65_HS1-834228961_62-HQ-83894_Section_1
Agency: FBI
Page 122
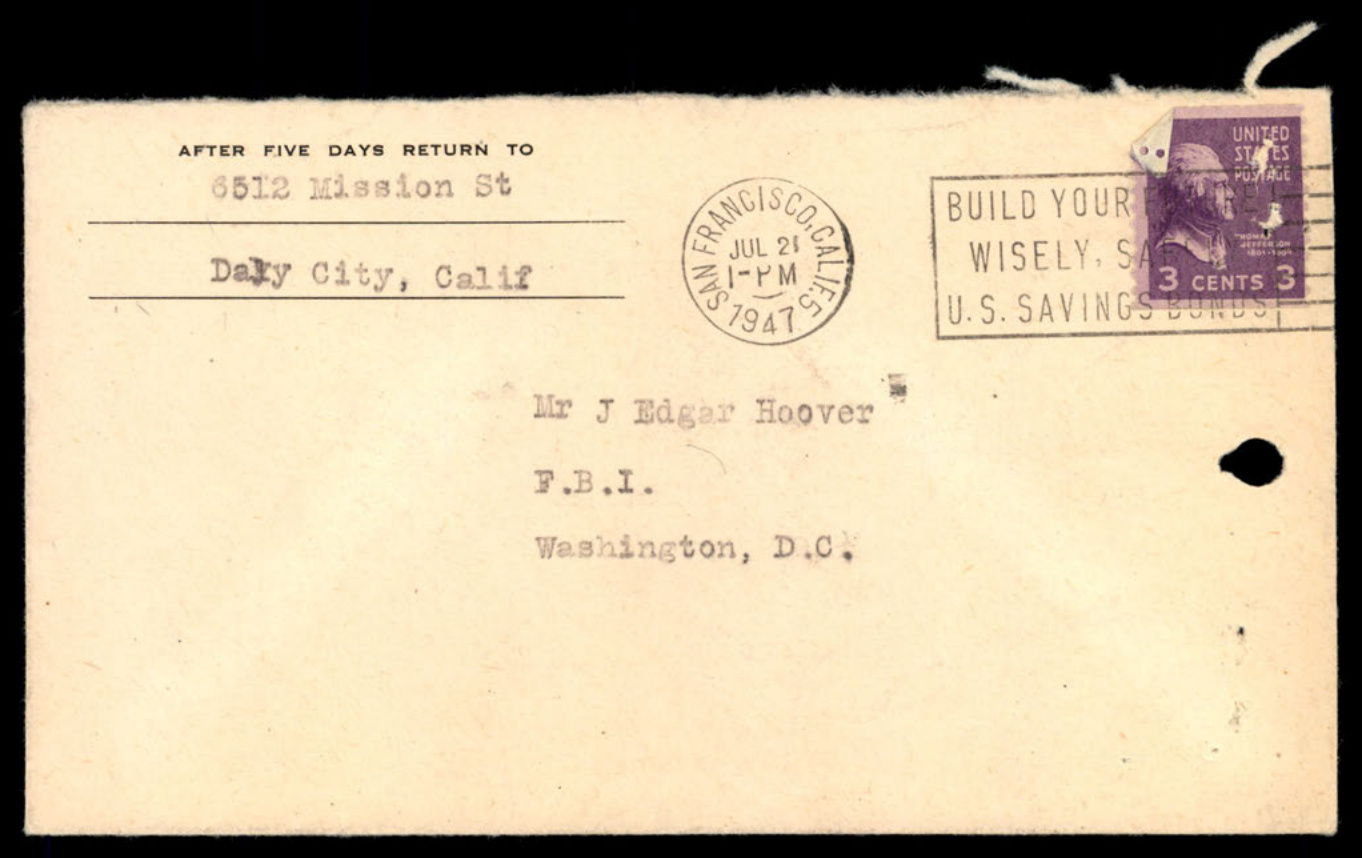